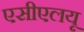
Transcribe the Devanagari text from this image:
एसीएलयू